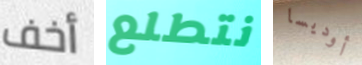
أخف نتطلع أوديسا